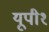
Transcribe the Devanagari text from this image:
यूपी१